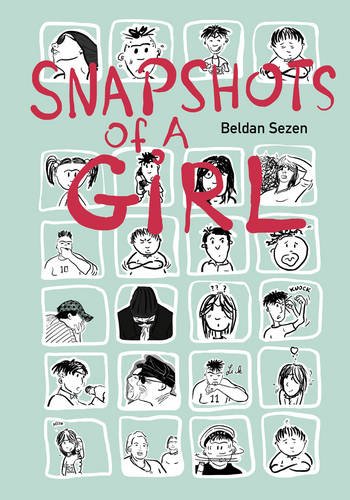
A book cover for Snapshots of a Girl; Beldan Sezen; Comics & Graphic Novels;